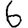
Digit: 6